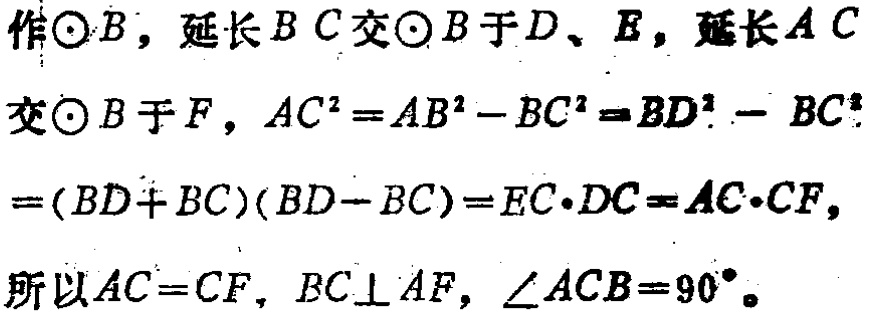
作\(\odot B\)，延长\(BC\)交\(\odot B\)于\(D\)、\(E\)，延长\(AC\)交\(\odot B\)于\(F\)，\(AC^{2}=AB^{2}-BC^{2}=BD^{2}-BC^{2}=(BD + BC)(BD - BC)=EC\cdot DC = AC\cdot CF\)，所以\(AC = CF\)，\(BC\perp AF\)，\(\angle ACB = 90^{\circ}\)。